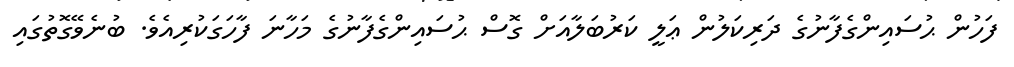
ފަހުން ޙުސައިންގެފާނުގެ ދަރިކަލުން ޢަލީ ކަރުބަލާއަށް ގޮސް ޙުސައިންގެފާނުގެ މަހާނަ ފާހަގަކުރިއެވެ. ބުނެވޭގޮތުގައި